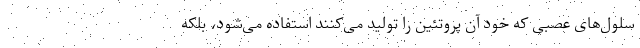
سلول‌های عصبی که خود آن پروتئین را تولید می‌کنند استفاده می‌شود، بلکه